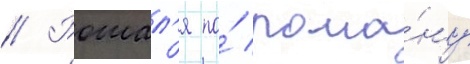
// Рошал'я по́ рома́ну